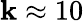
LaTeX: \mathbf{k}\approx10